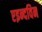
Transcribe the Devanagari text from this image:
एइन्दविन